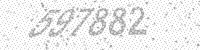
Solution: 597882